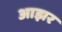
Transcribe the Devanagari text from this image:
आझर